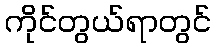
ကိုင်တွယ်ရာတွင်